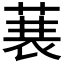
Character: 𮏣